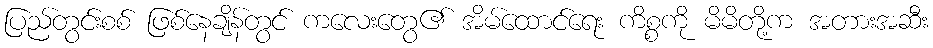
ပြည်တွင်းစစ် ဖြစ်နေချိန်တွင် ကလေးတွေ၏ အိမ်ထောင်ရေး ကိစ္စကို မိမိတို့က အတားအဆီး